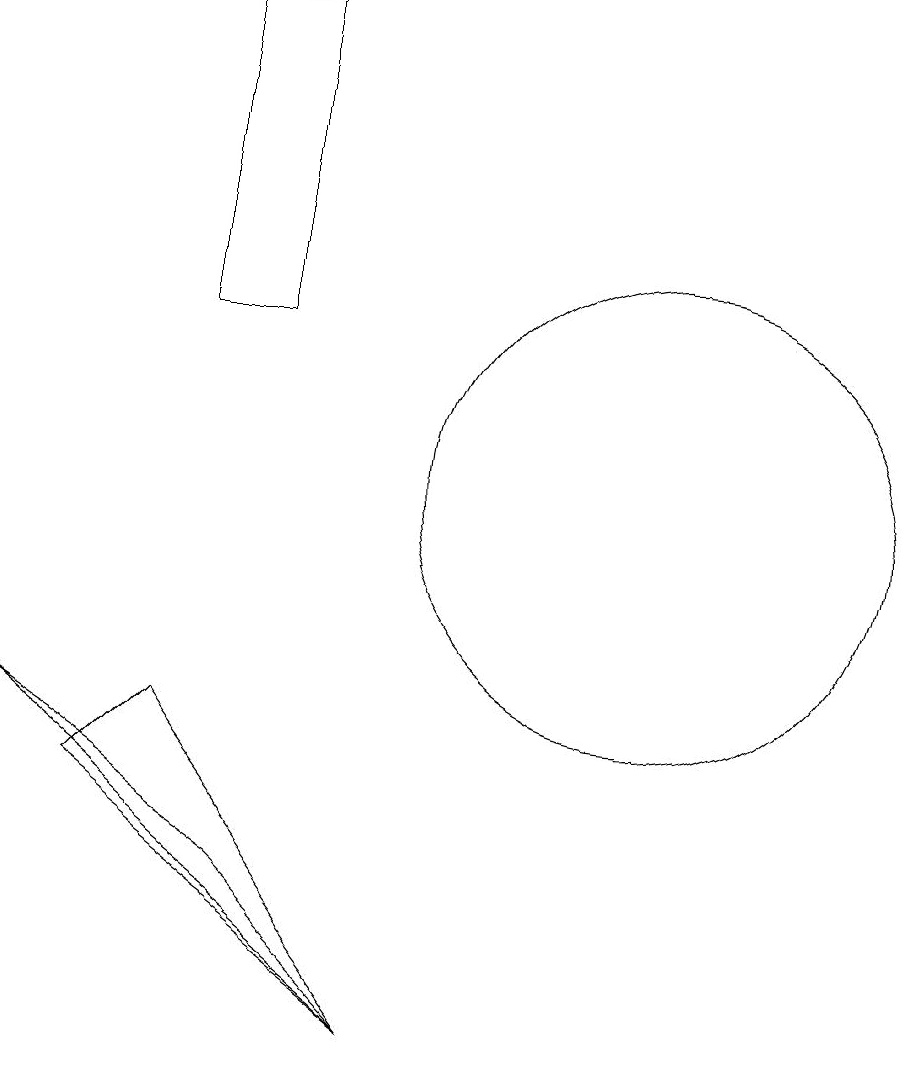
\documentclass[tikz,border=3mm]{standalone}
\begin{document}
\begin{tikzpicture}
\draw (11,11) circle (3);
\draw (8,4) -- (5,8) -- (4,7) -- cycle;
\draw (6,6) -- (3,8) -- (8,4) -- cycle;
\draw (6,17) rectangle (5,13);
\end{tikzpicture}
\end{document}